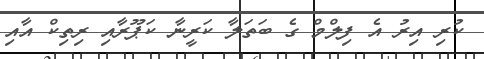
ކުރި އިރު އެ ފިލްމް ގެ ބަތަލާ ކަރީނާ ކަޕޫރާއި ރިތިކް އާއި